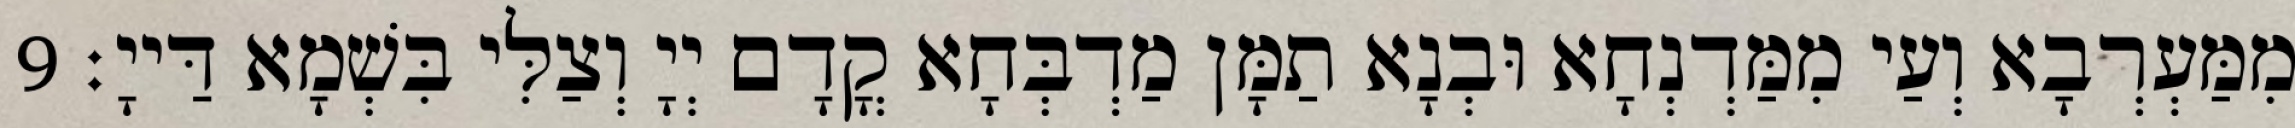
מִמַּעְרְבָא וְעַי מִמַּדְנְחָא וּבְנָא תַמָּן מַדְבְּחָא קֳדָם יְיָ וְצַלִּי בִּשְׁמָא דַּייָ׃ 9